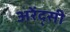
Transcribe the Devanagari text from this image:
अरेंद्सी